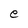
Character: e